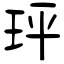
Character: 玶